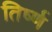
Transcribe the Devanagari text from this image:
तिर्ष्ण